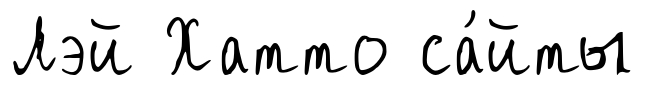
Лэй Хатто са́йты